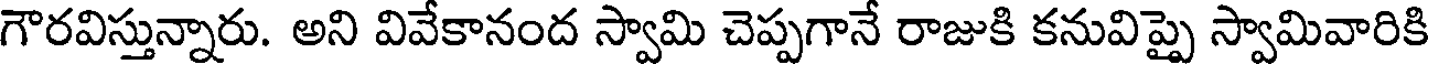
గౌరవిస్తున్నారు. అని వివేకానంద స్వామి చెప్పగానే రాజుకి కనువిప్పై స్వామివారికి